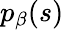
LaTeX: p_{\beta}(s)